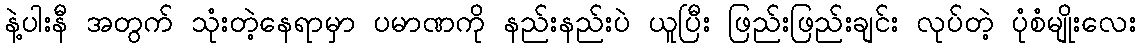
နဲ့ပါးနီ အတွက် သုံးတဲ့နေရာမှာ ပမာဏကို နည်းနည်းပဲ ယူပြီး ဖြည်းဖြည်းချင်း လုပ်တဲ့ ပုံစံမျိုးလေး